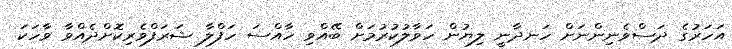
އަހަރުގެ ދަސްވެނިންނަށް ހަނދާނީ ލިޔުން ހަވާލުކުރުމަށް ބޭއްވި ހާއްސަ ހަފްލާ ޝަރަފްވެރިކޮށްދެއްވާ ވާހަކަ